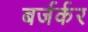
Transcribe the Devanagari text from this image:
बर्जर्कर